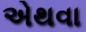
એથવા